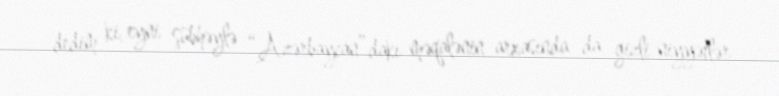
dedim ki, eyni şübhəylə “Azərbaycan”dakı məqalənin arxasında da gizli niyyətlər